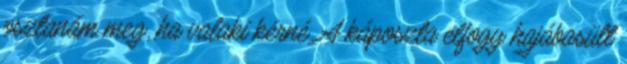
osztanám meg, ha valaki kérné. A káposzta elfogy hajábasült